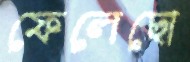
ফেলেছো